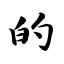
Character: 的